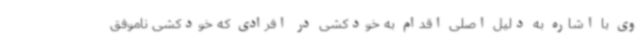
وی با اشاره به دلیل اصلی اقدام به خودکشی در افرادی که خودکشی ناموفق